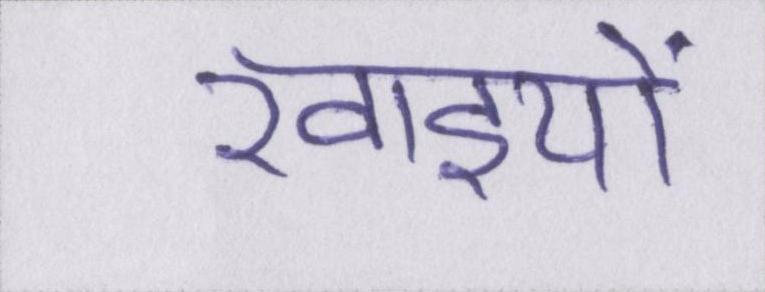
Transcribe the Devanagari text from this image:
खाइयों